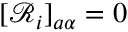
[ \mathcal { R } _ { i } ] _ { a \alpha } = 0